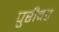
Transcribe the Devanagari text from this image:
पुरीवर